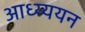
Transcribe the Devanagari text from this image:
आध्य्ययन